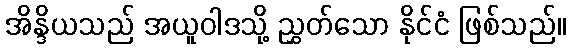
အိန္ဒိယသည် အယူဝါဒသို့ ညွှတ်သော နိုင်ငံ ဖြစ်သည်။